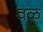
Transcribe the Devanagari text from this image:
वळ